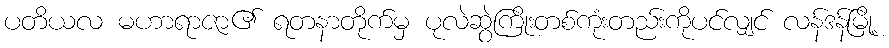
ပတိယလ မဟာရာဇာ၏ ရတနာတိုက်မှ ပုလဲဆွဲကြိုးတစ်ကုံးတည်းကိုပင်လျှင် လန်ဒန်မြို့